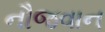
નૌજવાન